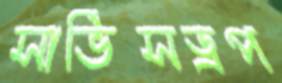
সার্ভিসড্রপ